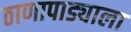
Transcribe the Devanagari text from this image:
ठाणापाड्याला